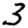
Digit: 3